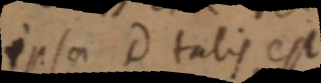
ipsa D talis est